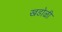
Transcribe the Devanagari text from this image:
खडोळी